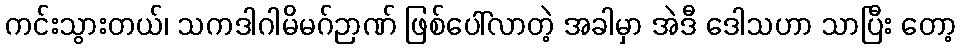
ကင်းသွားတယ်၊ သကဒါဂါမိမဂ်ဉာဏ် ဖြစ်ပေါ်လာတဲ့ အခါမှာ အဲဒီ ဒေါသဟာ သာပြီး တော့